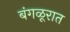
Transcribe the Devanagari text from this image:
बंगळूरात